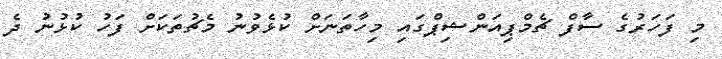
މި ފަހަރުގެ ސާފް ޗެމްޕިއަންޝިޕްގައި މިހާތަނަށް ކުޅެވުނު މެޗުތަކަށް ފަހު ކުޅުނު ދެ